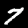
Digit: 7